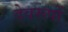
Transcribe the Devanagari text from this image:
देवरूपों